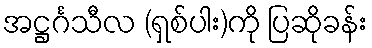
အဋ္ဌင်္ဂသီလ (ရှစ်ပါး)ကို ပြဆိုခန်း